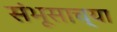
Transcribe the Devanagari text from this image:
संभूसाच्या